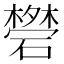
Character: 𥖥